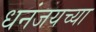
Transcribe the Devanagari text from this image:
धनंजयच्या